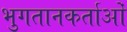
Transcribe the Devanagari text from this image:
भुगतानकर्ताओं